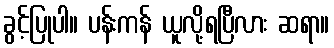
ခွင့်ပြုပါ။ ပန်းကန် ယူလို့ရပြီလား ဆရာ။